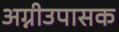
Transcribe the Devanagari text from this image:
अग्नीउपासक